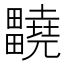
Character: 𤴀